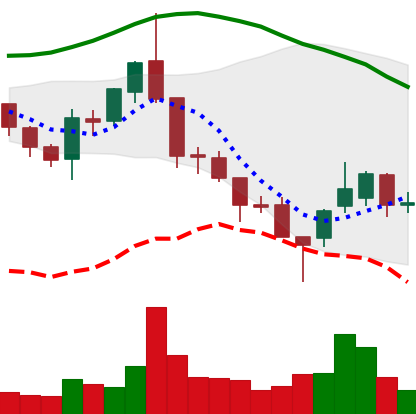
Ticker: ETC-USD
Chart end date: 2018-08-19
Forward return: -5.602%
Label: down_5_7